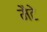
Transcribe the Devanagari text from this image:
मैटे